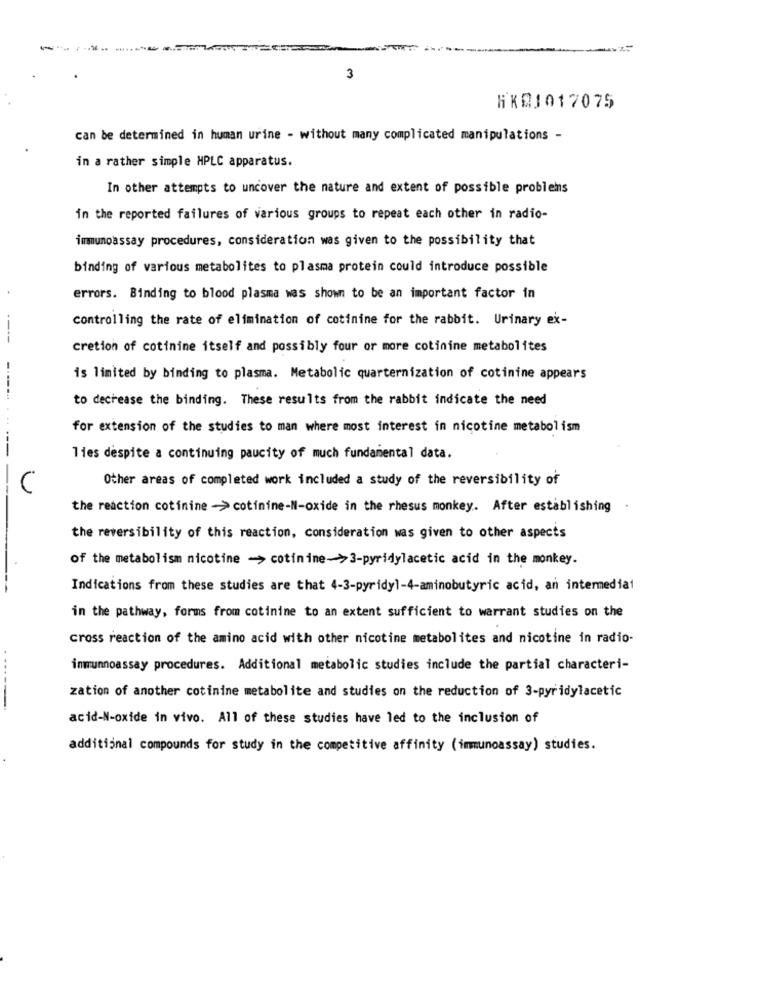
3
HK01017075
can be determined in human urine - without many complicated manipulations -
in a rather simple HPLC apparatus.
In other attempts to uncover the nature and extent of possible problems
in the reported failures of various groups to repeat each other in radio-
immunoassay procedures, consideration was given to the possibility that
binding of various metabolites to plasma protein could introduce possible
errors. Binding to blood plasma was shown to be an important factor in
controlling the rate of elimination of cotinine for the rabbit. Urinary ex-
----
cretion of cotinine itself and possibly four or more cotinine metabolites
is limited by binding to plasma. Metabolic quarternization of cotinine appears
to decrease the binding. These results from the rabbit indicate the need
for extension of the studies to man where most interest in nicotine metabolism
---
lies despite a continuing paucity of much fundamental data.
Other areas of completed work included a study of the reversibility of
the reaction cotinine -> cotinine-N-oxide in the rhesus monkey. After establishing
the reversibility of this reaction, consideration was given to other aspects
of the metabolism nicotine -> cotinine->3-pyridylacetic acid in the monkey.
Indications from these studies are that 4-3-pyridy1-4-aminobutyric acid, an intermedia1
in the pathway, forms from cotinine to an extent sufficient to warrant studies on the
cross reaction of the amino acid with other nicotine metabolites and nicotine in radio-
immunnoassay procedures. Additional metabolic studies include the partial characteri-
zation of another cotinine metabolite and studies on the reduction of 3-pyridylacetic
-----
acid-N-oxide in vivo. All of these studies have led to the inclusion of
additional compounds for study in the competitive affinity (immunoassay) studies.